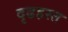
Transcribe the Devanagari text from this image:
दृढहस्त